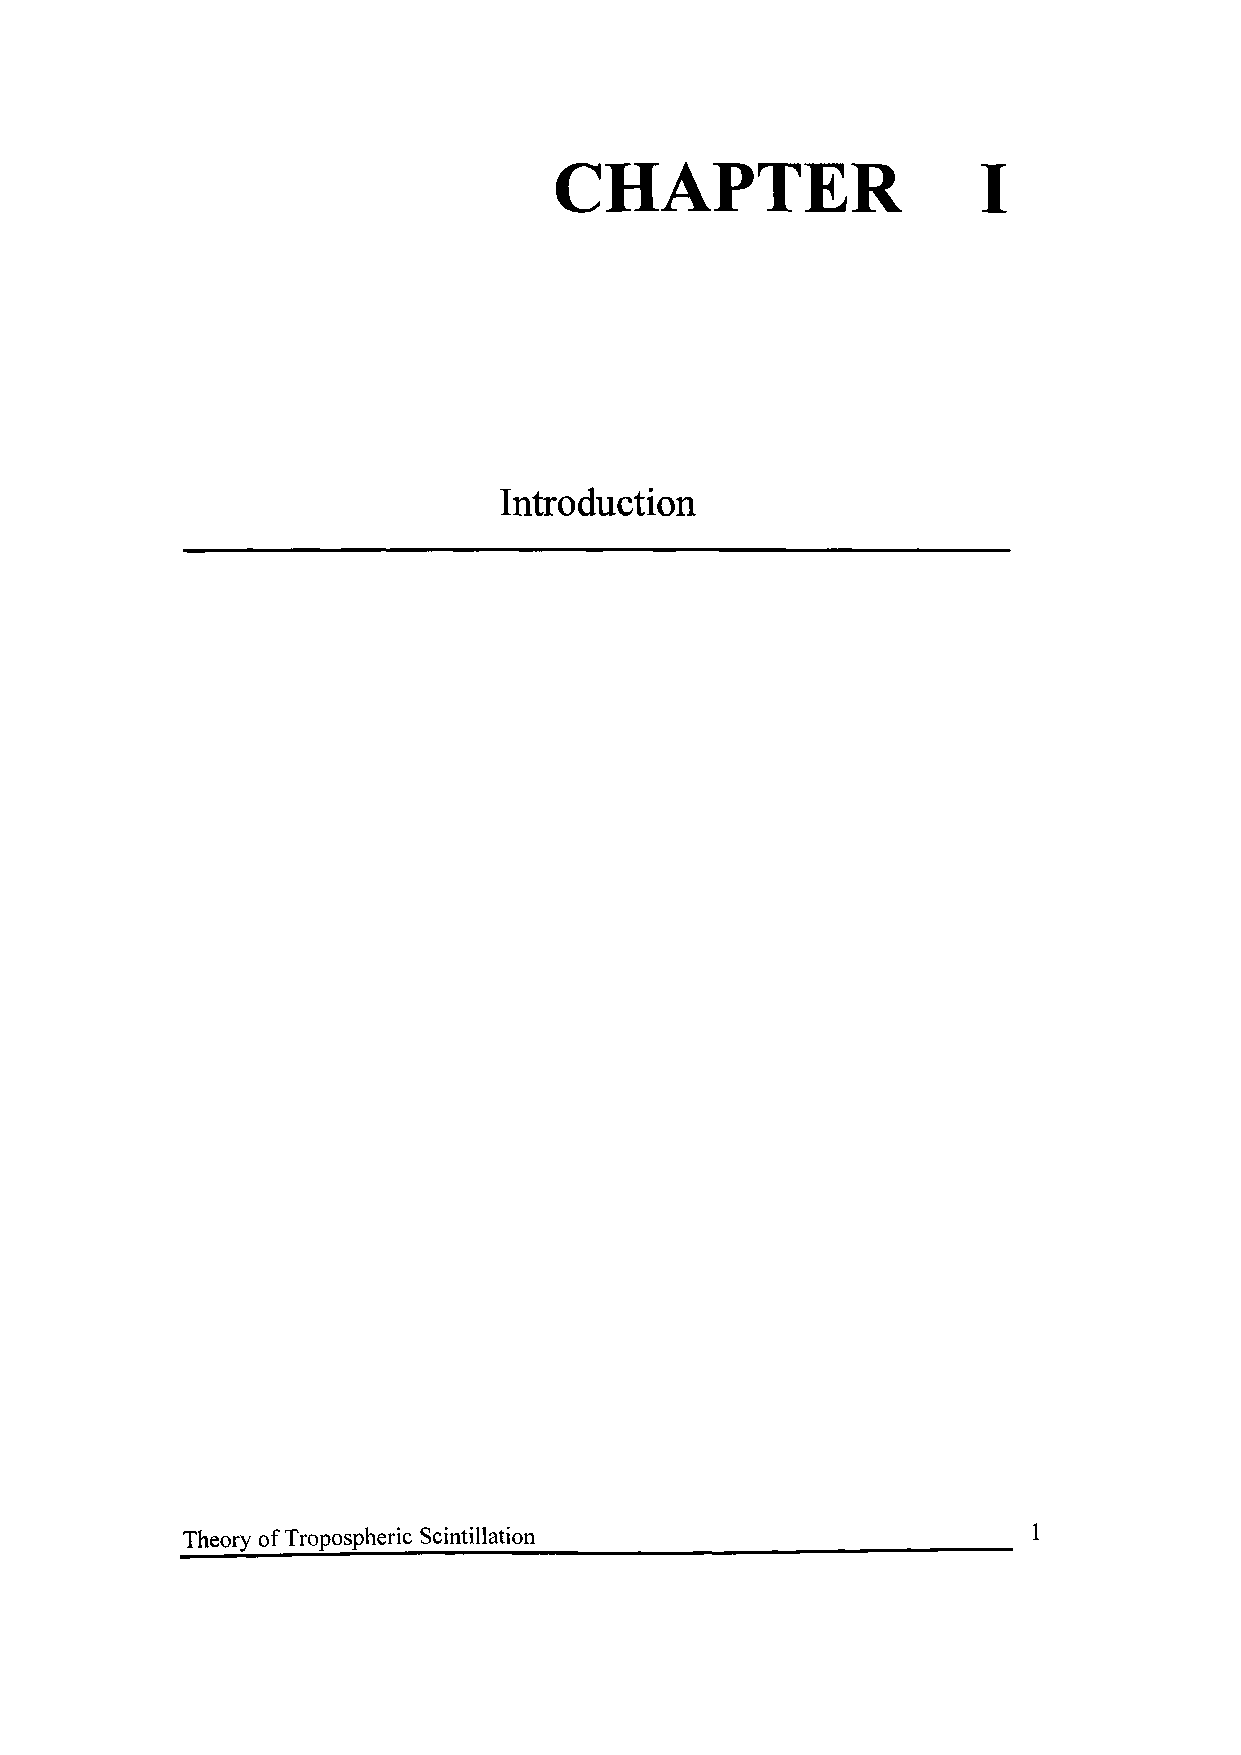
CHAPTER                     I
 Introduction
 Theory of Tropospheric Scintillation